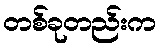
တစ်ခုတည်းက